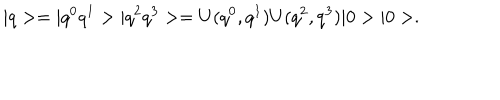
| q > = | q ^ { 0 } q ^ { 1 } > | q ^ { 2 } q ^ { 3 } > = U ( q ^ { 0 } , q ^ { 1 } ) U ( q ^ { 2 } , q ^ { 3 } ) | 0 > | 0 > .